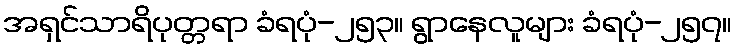
အရှင်သာရိပုတ္တရာ ခံရပုံ-၂၅၃။ ရွာနေလူများ ခံရပုံ-၂၅၇။